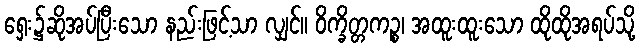
ရှေး၌ဆိုအပ်ပြီးသော နည်းဖြင့်သာ လျှင်။ ဝိက္ခိတ္တကဉ္စ၊ အထူးထူးသော ထိုထိုအရပ်သို့